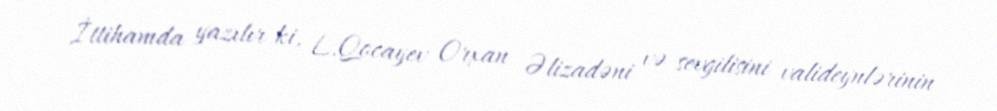
İttihamda yazılır ki, L.Qocayev Orxan Əlizadəni və sevgilisini valideynlərinin